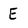
Character: E